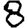
Digit: 8